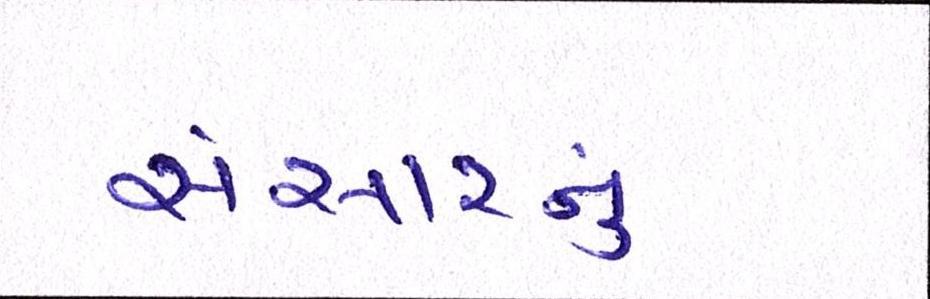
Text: સંસારનું